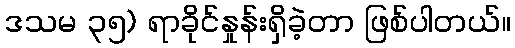
ဒသမ ၃၅) ရာခိုင်နှုန်းရှိခဲ့တာ ဖြစ်ပါတယ်။